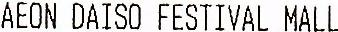
AEON DAISO FESTIVAL MALL